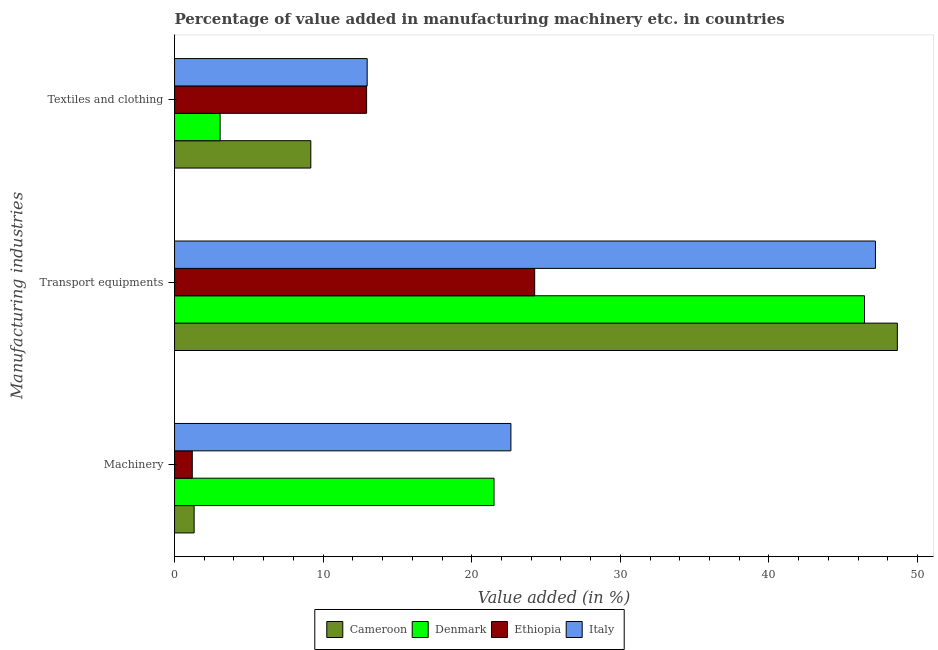
| Manufacturing industries | Cameroon | Denmark | Ethiopia | Italy |
 | --- | --- | --- | --- | --- |
 | Machinery | 1.32 | 21.5 | 1.19 | 22.6 |
 | Transport equipments | 48.6 | 46.4 | 24.2 | 47.2 |
 | Textiles and clothing | 9.17 | 3.07 | 12.9 | 13 |